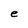
Character: e